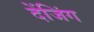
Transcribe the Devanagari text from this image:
देंजिंग